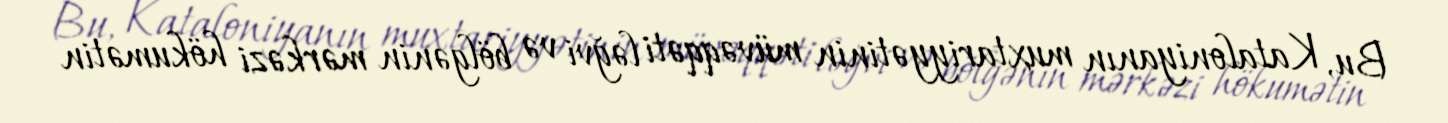
Bu, Kataloniyanın muxtariyyətinin müvəqqəti ləğvi və bölgənin mərkəzi hökumətin